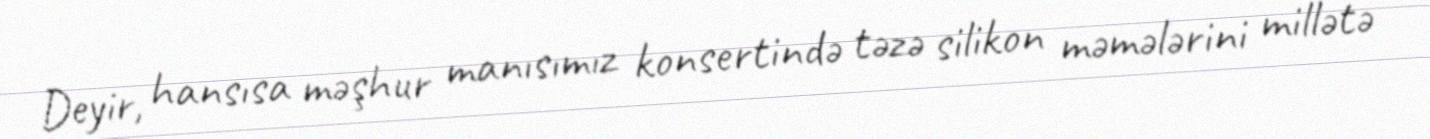
Deyir, hansısa məşhur manısımız konsertində təzə silikon məmələrini millətə